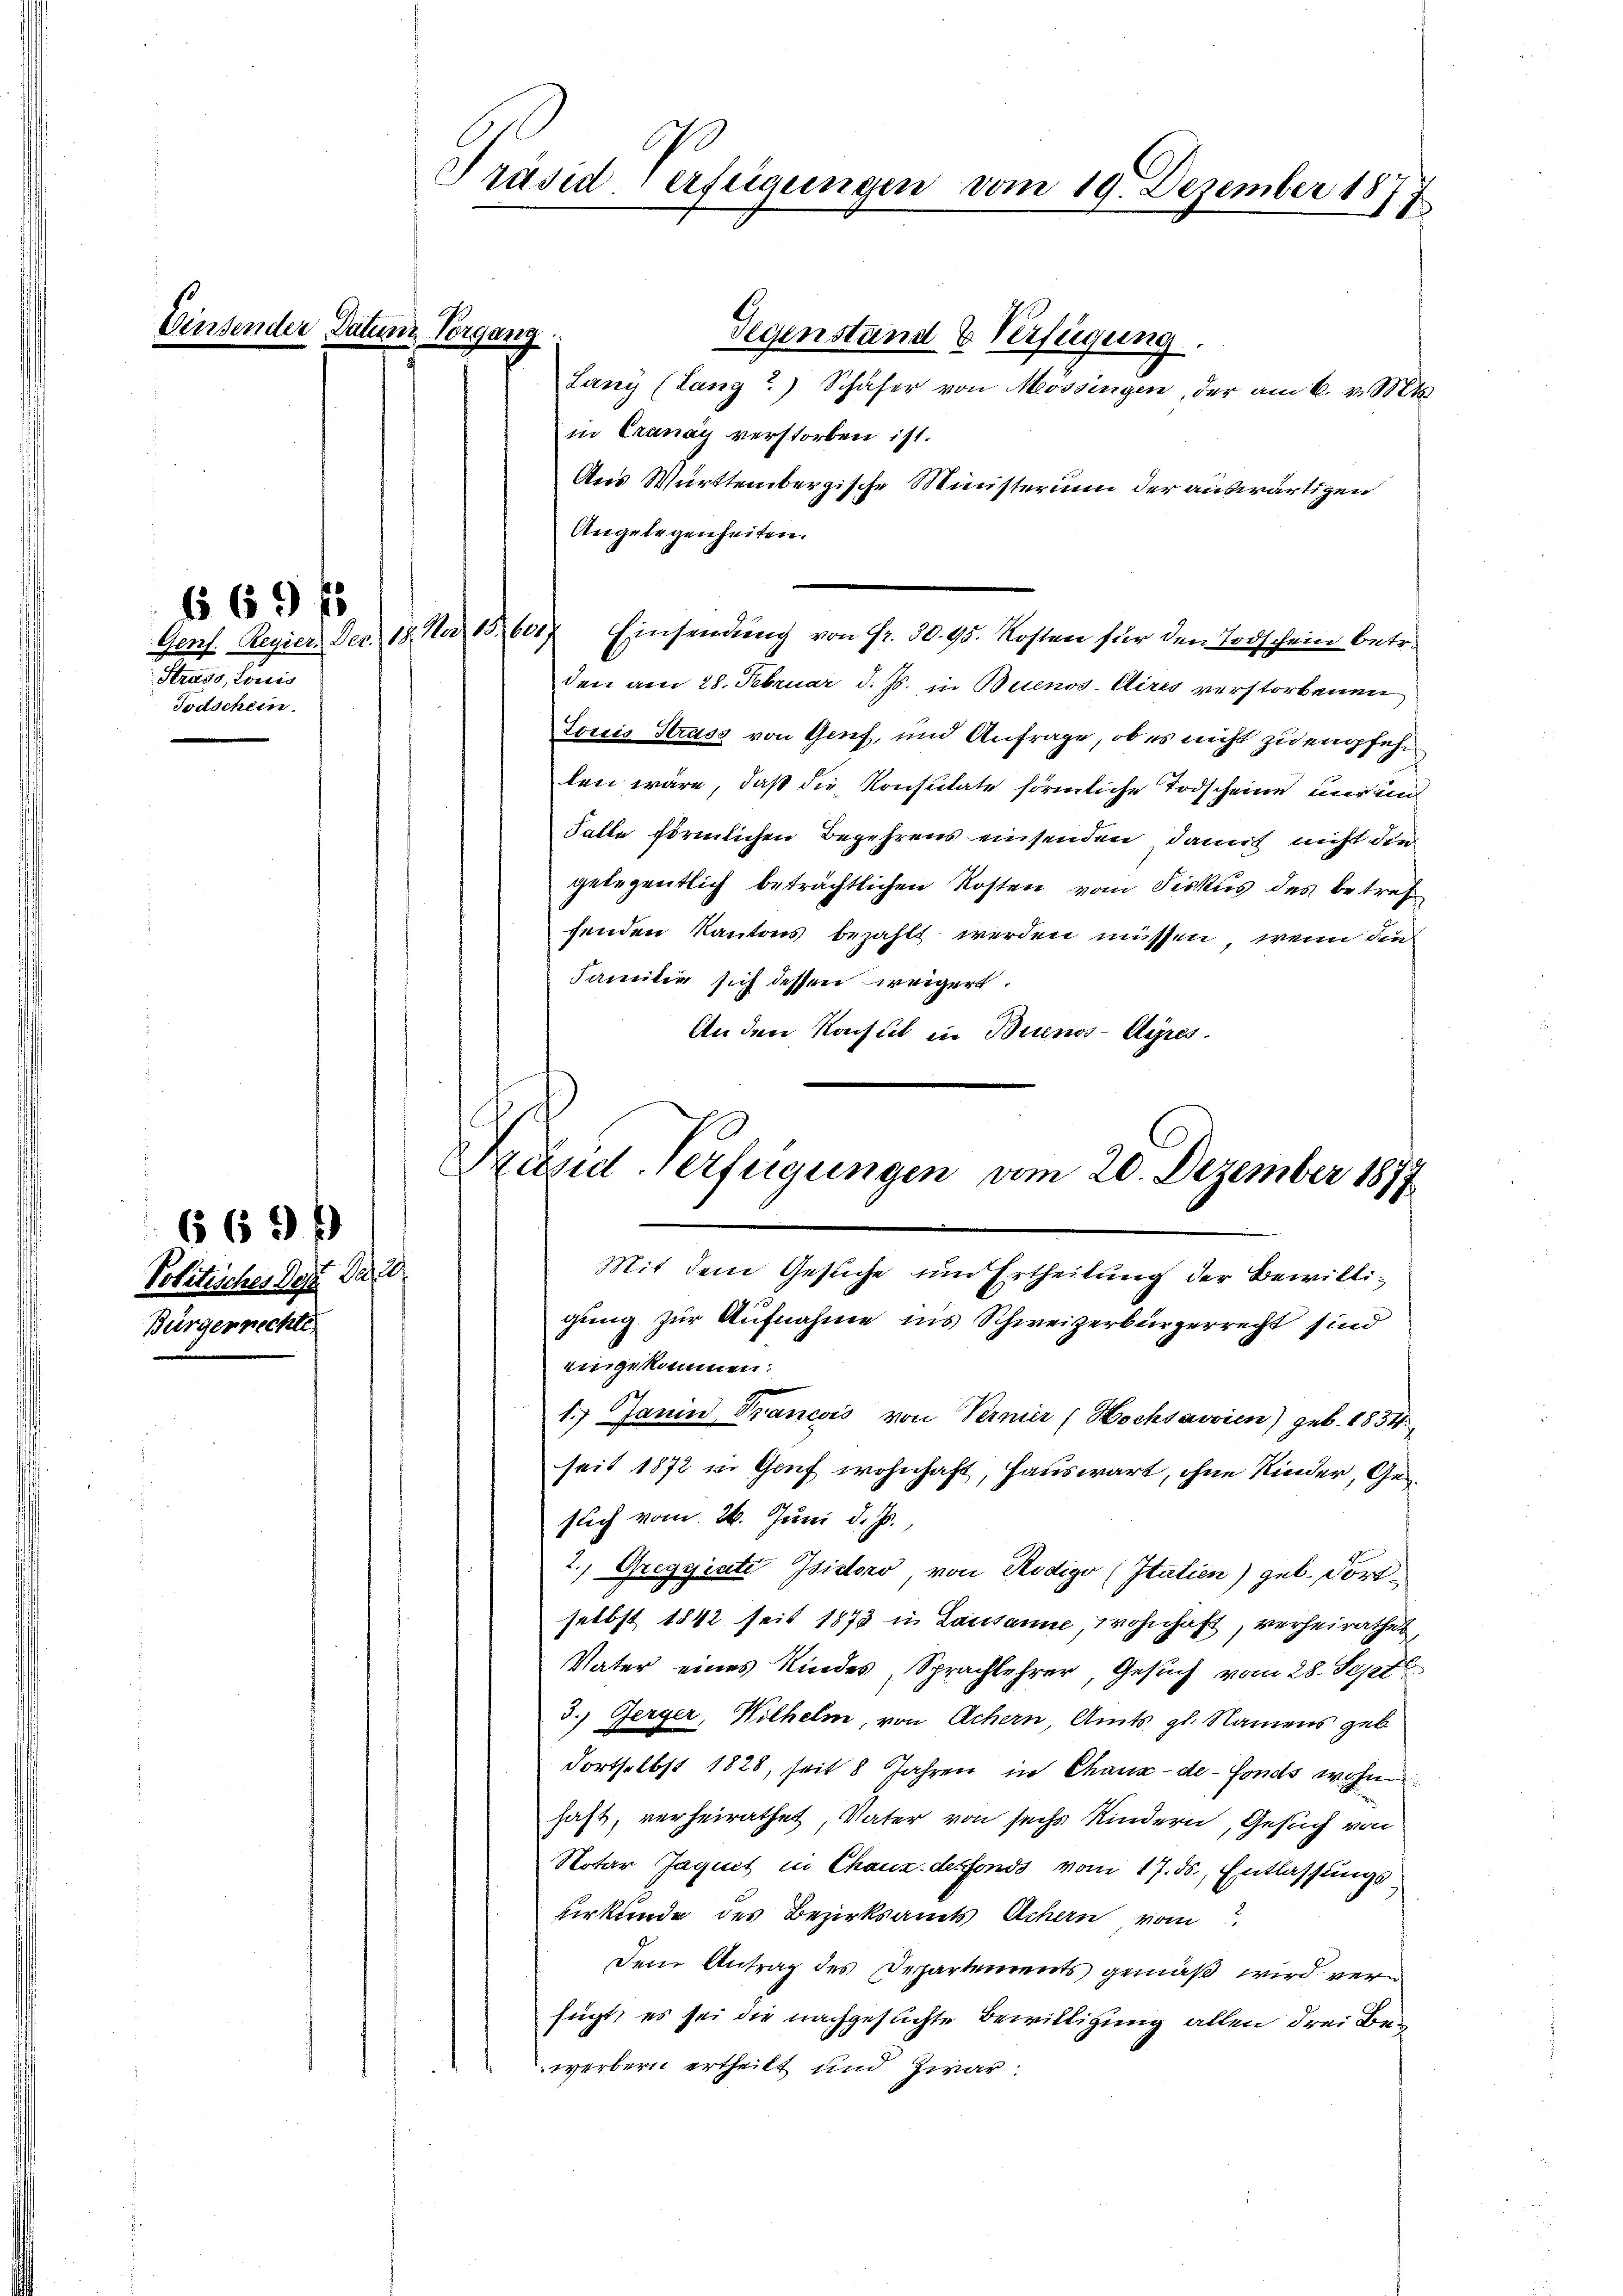
669 f

669

Einsender Datum Vorgang

Strass, Loris
Todschein.

Politisches Dez. Der 20
Bürgerrechte

Präsid-Verfügungen vom 19. Dezember 18
1

Gegenstand & Verfügung.
Lany (Lanz?) Schäfer von Mössingen, der am 6. v. Mts.
in Cranay verstorben ist.
Aus Württembergische Ministerium der auswärtigen
Angelegenheiten.
Genf. Regier. Dec. 18. No 15. 601. Einsendŭng von fr. 30. 95. Kosten für den Todschein betr.
den am 28. Februar d. Js. in Buenos-Cires verstorbenen
Torcis Strass von Genf, und Anfrage, ob es nicht zu empfehlen wäre, daß die Konsulate förmliche Todscheine nur und
Falle förmlichen Begehrens einsenden, damit nicht die
gelegentlich beträchtlichen Kosten vom Fiskus des betrefsenden Kantons bezahlt werden müssen, wenn die
Familie sich dessen weigert.
An den Konsul in Buenos-Ayres.
A
gung zur Aufnahme ins Schweizerbürgerrecht sind
eingekommen:
1.) Janin Trancois von Vernier (Hochsavvien) geb. 1834
seit 1872 in Gruf wohnhaft, Hauswart, ohne Kinder, Gesuch vom 26. Juni d. Js.,
2.) Gregyiate Isidoro, von Rodigo (Italien) geb. Fortselbst 1842 seit 1873 in Lausanne, wohnhaft, verheirathet,
Vater eines Kindes Sprachlehrer, Gesuch vom 28. Sept
3.) Gerger, Wilhelm, von Achern, Amts gl. Namens geb
dortselbst 1828, seit 8 Jahren in Chaux-de-Fonds wohn
haft, verheirathet, Vater von sechs Kindern, Gesuch von
Notar Jaquet in Chauz desfonds vom 17. ds. Entlassungsurkunde des Bezirksamts Achern vom 7.
Den Antrag des Departements gemäß wird verfügt, es sei die nachgeslichte Bewilligung allen drei Bewerbern ertheilt und zwar:

Präsid-Verfügungen vom 20. Dezember 1877
Mit dem Gesuche und Ertheilung der Bewilli¬